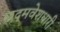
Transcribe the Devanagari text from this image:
छद्‍मवेशधारी